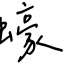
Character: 蠔